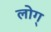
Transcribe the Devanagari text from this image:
लोग्